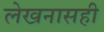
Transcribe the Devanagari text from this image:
लेखनासही